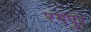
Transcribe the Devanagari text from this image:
रगंपुर